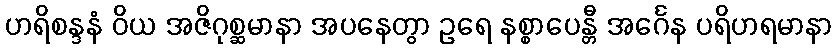
ဟရိစန္ဒနံ ဝိယ အဇိဂုစ္ဆမာနာ အပနေတွာ ဥရေ နစ္စာပေန္တီ အင်္ဂေန ပရိဟရမာနာ